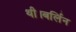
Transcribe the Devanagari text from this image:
थी।बर्लिन